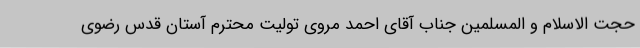
حجت الاسلام و المسلمین جناب آقای احمد مروی تولیت محترم آستان قدس رضوی